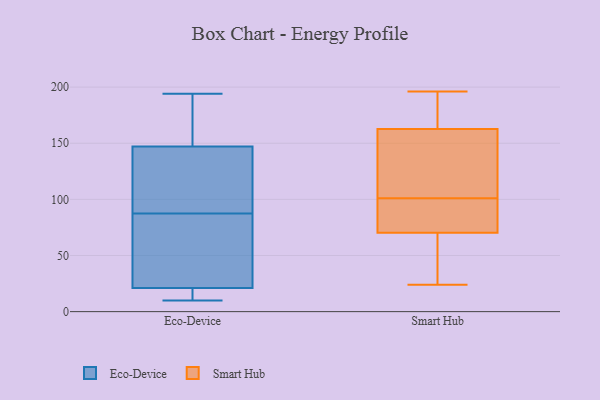
{"axis": {"x": "Energy Usage (MWh)", "y": "Value"}, "legend": ["Eco-Device", "Smart Hub"], "data": [{"x": "", "y": 17, "type": "Eco-Device"}, {"x": "", "y": 128, "type": "Eco-Device"}, {"x": "", "y": 182, "type": "Eco-Device"}, {"x": "", "y": 176, "type": "Eco-Device"}, {"x": "", "y": 10, "type": "Eco-Device"}, {"x": "", "y": 126, "type": "Eco-Device"}, {"x": "", "y": 94, "type": "Eco-Device"}, {"x": "", "y": 81, "type": "Eco-Device"}, {"x": "", "y": 147, "type": "Eco-Device"}, {"x": "", "y": 194, "type": "Eco-Device"}, {"x": "", "y": 24, "type": "Eco-Device"}, {"x": "", "y": 60, "type": "Eco-Device"}, {"x": "", "y": 21, "type": "Eco-Device"}, {"x": "", "y": 18, "type": "Eco-Device"}, {"x": "", "y": 101, "type": "Smart Hub"}, {"x": "", "y": 156, "type": "Smart Hub"}, {"x": "", "y": 77, "type": "Smart Hub"}, {"x": "", "y": 139, "type": "Smart Hub"}, {"x": "", "y": 50, "type": "Smart Hub"}, {"x": "", "y": 85, "type": "Smart Hub"}, {"x": "", "y": 42, "type": "Smart Hub"}, {"x": "", "y": 196, "type": "Smart Hub"}, {"x": "", "y": 162, "type": "Smart Hub"}, {"x": "", "y": 24, "type": "Smart Hub"}, {"x": "", "y": 187, "type": "Smart Hub"}, {"x": "", "y": 87, "type": "Smart Hub"}, {"x": "", "y": 165, "type": "Smart Hub"}]}